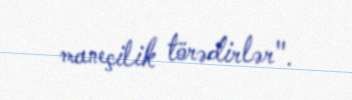
maneçilik törədirlər".